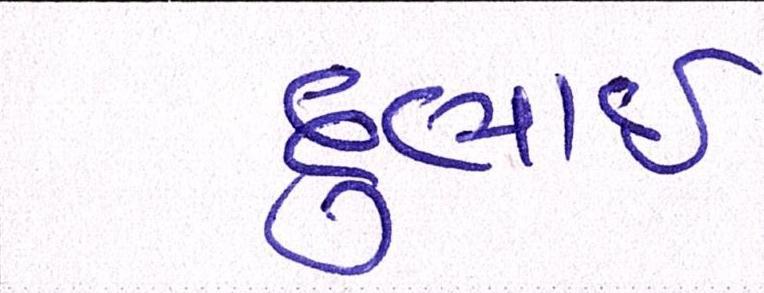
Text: દુભાઇ